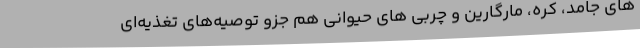
های جامد، کره، مارگارین و چربی های حیوانی هم جزو توصیه‌های تغذیه‌ای